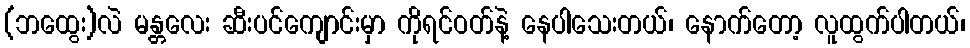
(ဘထွေး)လဲ မန္တလေး ဆီးပင်ကျောင်းမှာ ကိုရင်ဝတ်နဲ့ နေပါသေးတယ်၊ နောက်တော့ လူထွက်ပါတယ်၊